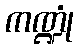
ကဏ္ဍုံ